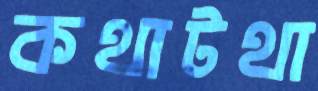
কথাটথা